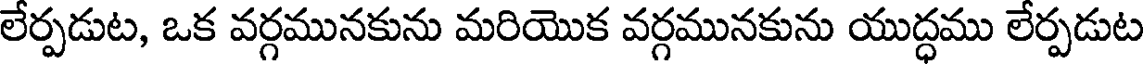
లేర్పడుట, ఒక వర్గమునకును మరియొక వర్గమునకును యుద్ధము లేర్పడుట